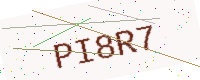
Text: PI8R7